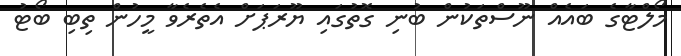
މޯލްޓާގެ ބައެއް ނޫސްތަކުން ބުނި ގޮތުގައި ޔޫރަޕަށް އެތެރެވާ މީހުން ތިބި ބޯޓު